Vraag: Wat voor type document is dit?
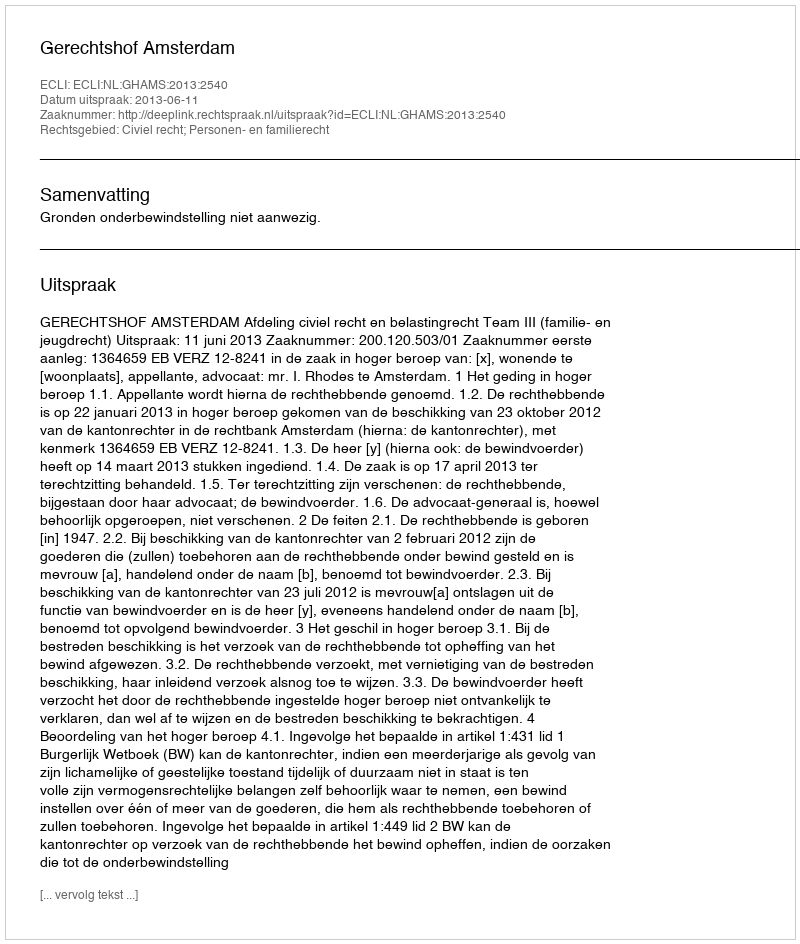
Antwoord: Uitspraak